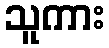
သူကား